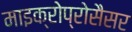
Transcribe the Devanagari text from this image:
माइक्रोप्रोसैसर